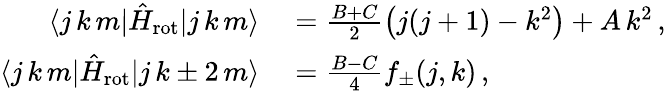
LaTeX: \begin{array}{rl}{\langle j\, k\, m|\hat{H}_{\mathrm{rot}}|j\, k\, m\rangle}&{{}=\frac{B+C}{2}\left(j(j+1)-k^{2}\right)+A\, k^{2}\, ,}\\ {\langle j\, k\, m|\hat{H}_{\mathrm{rot}}|j\, k\pm 2\, m\rangle}&{{}=\frac{B-C}{4}f_{\pm}(j,k)\, ,}\end{array}